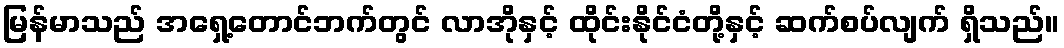
မြန်မာသည် အရှေ့တောင်ဘက်တွင် လာအိုနှင့် ထိုင်းနိုင်ငံတို့နှင့် ဆက်စပ်လျက် ရှိသည်။